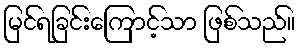
မြင်ရခြင်းကြောင့်သာ ဖြစ်သည်။